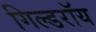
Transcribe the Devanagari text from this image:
गिल्डरॉय